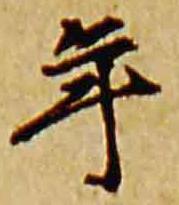
年